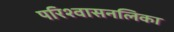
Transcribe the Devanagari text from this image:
परिश्वासनलिका